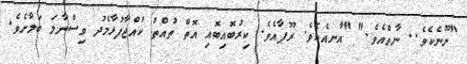
"ނޫނެކެވެ.. ނާތްއެވެ." "އާނއެކެވެ. ރޫޕާއެވެ. ކިރުބޮއިބޮއި އޮތް ތުއްތު ކުއްޖާފުޅާމެދު ވިސްނާލަ ބަލާށެވެ.